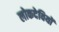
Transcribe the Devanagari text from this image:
लोकदेवियों